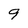
Character: 9